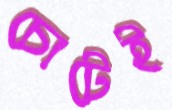
চোটেই